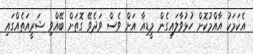
އެކަމަކު އާއްމުކޮށް ހުޅުވާލައިގެން މީޑިއާ އަށް ވެސް ވަދެވޭ ގޮތަށް ބޭއްވި ޝަރީއަތެއްގައި